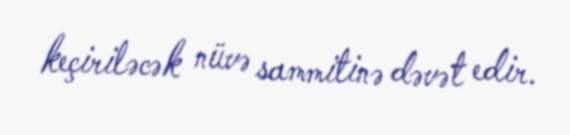
keçiriləcək nüvə sammitinə dəvət edir.